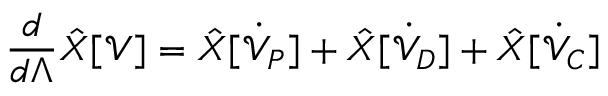
\frac { d } { d \Lambda } \hat { X } [ \mathcal V ] = \hat { X } [ \dot { \mathcal V } _ { P } ] + \hat { X } [ \dot { \mathcal V } _ { D } ] + \hat { X } [ \dot { \mathcal V } _ { C } ] \,